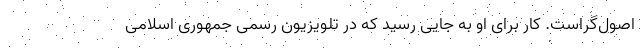
اصول‌گراست. کار برای او به جایی رسید که در تلویزیون رسمی جمهوری اسلامی